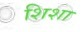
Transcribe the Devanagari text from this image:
शिशा